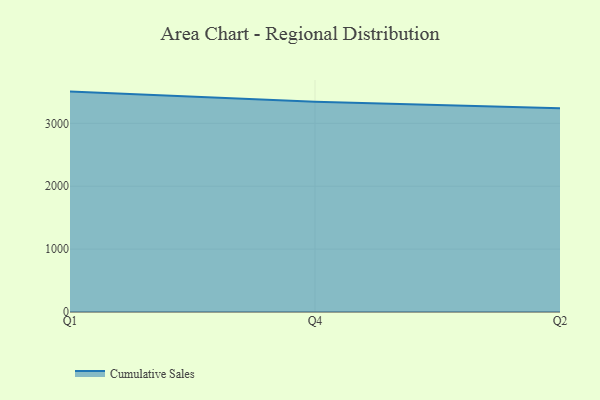
{"axis": {"x": "Quarter", "y": "Active Users"}, "legend": ["Cumulative Sales"], "data": [{"x": "Q1", "y": 3504.1, "type": "Cumulative Sales"}, {"x": "Q4", "y": 3343.1, "type": "Cumulative Sales"}, {"x": "Q2", "y": 3238.1, "type": "Cumulative Sales"}]}